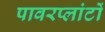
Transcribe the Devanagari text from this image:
पावरप्लांटों